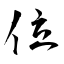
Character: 位